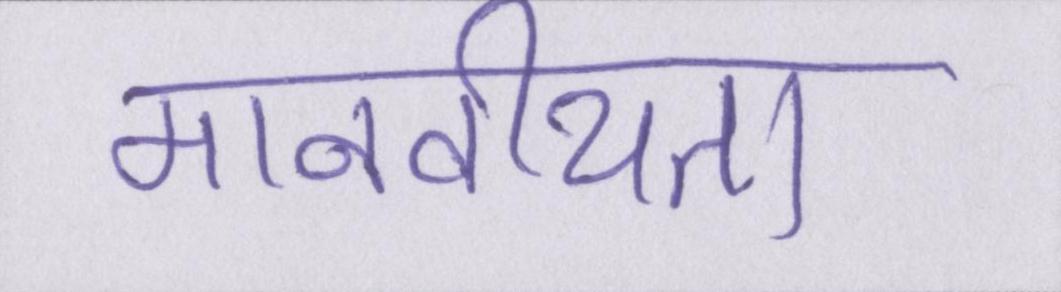
मानवीयता